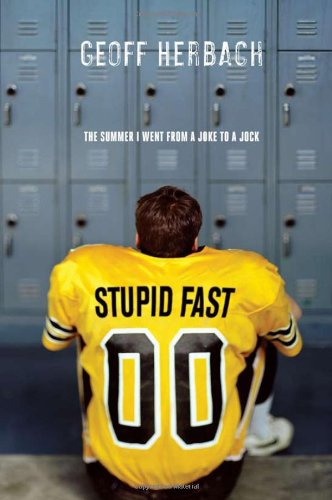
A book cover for Stupid Fast (Felton Reinstein trilogy); Geoff Herbach; Teen & Young Adult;